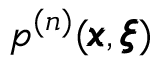
p ^ { ( n ) } ( { \pmb x } , { \pmb \xi } )